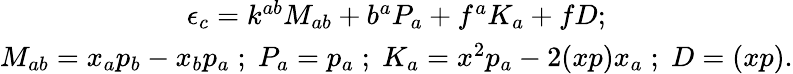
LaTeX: \begin{array}{c}{{\epsilon_{c}=k^{ab}M_{ab}+b^{a}P_{a}+f^{a}K_{a}+fD;}}\\ {{M_{ab}=x_{a}p_{b}-x_{b}p_{a}\; ;\; P_{a}=p_{a}\; ;\; K_{a}=x^{2}p_{a}-2(xp)x_{a}\; ;\; D=(xp).}}\end{array}